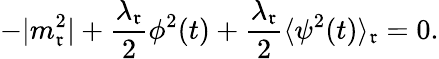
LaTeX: -|m_{\mathfrak{r}}^{2}|+\frac{{\lambda_{\mathfrak{r}}}}{{2}}\phi^{2}(t)+\frac{{\lambda_{\mathfrak{r}}}}{{2}}\langle\psi^{2}(t)\rangle_{\mathfrak{r}}=0.